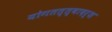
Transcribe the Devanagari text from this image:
योगतत्त्वादर्श